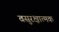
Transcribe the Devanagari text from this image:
वसुरक्षात्मक